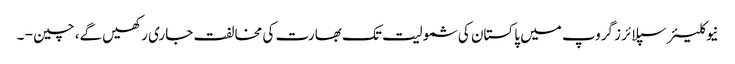
نیوکلیئرسپلائرز گروپ میں پاکستان کی شمولیت تک بھارت کی مخالفت جاری رکھیں گے، چین - ۔